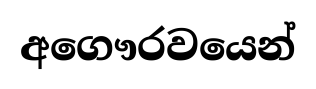
අගෞරවයෙන්